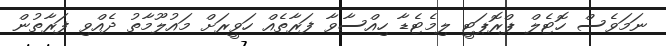
ނަމަވެސް ހޮޓެލް ޕްރޮޕަޓީ ލިމެޓެޑާ ހިއްސާވާ ފަރާތެއް ހަވީރަށް މައުލޫމާތު ދެއްވި ފަރާތުން